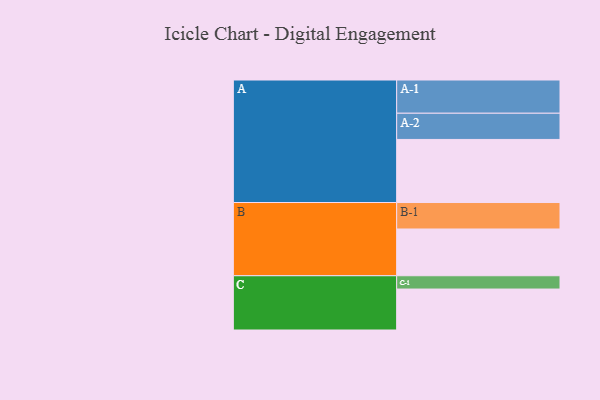
{"axis": {"x": "Segment", "y": "Value"}, "legend": ["", "A", "B", "C"], "data": [{"x": "A", "y": 522, "type": ""}, {"x": "B", "y": 387, "type": ""}, {"x": "C", "y": 339, "type": ""}, {"x": "A-1", "y": 275, "type": "A"}, {"x": "A-2", "y": 217, "type": "A"}, {"x": "B-1", "y": 219, "type": "B"}, {"x": "C-1", "y": 110, "type": "C"}]}